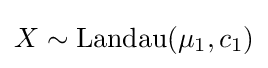
X\sim {\textrm {Landau}}(\mu _{1},c_{1})